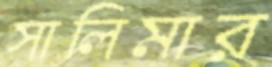
সালিমার